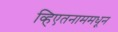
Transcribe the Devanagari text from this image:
व्हिएतनाममधून